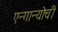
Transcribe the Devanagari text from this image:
एन्गान्योची